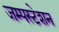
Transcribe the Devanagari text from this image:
जम्पस्टेशन